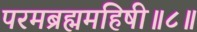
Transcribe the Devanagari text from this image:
परमब्रह्ममहिषी॥८॥